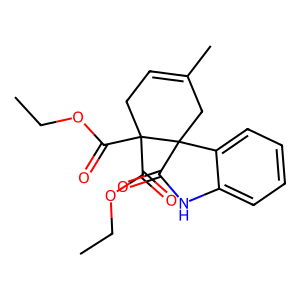
SMILES: CCOC(=O)C1(C(=O)OCC)CC=C(C)CC12C(=O)Nc1ccccc12
Inhibits HIV replication: No